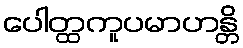
ပေါတ္ထကူပမာဟန္တိ